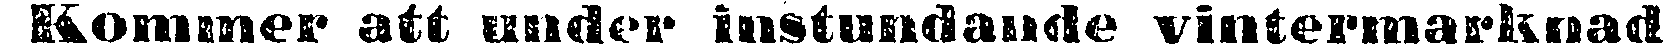
Kommer att under instundande vintermarknad